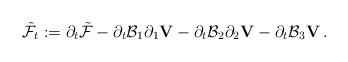
LaTeX: \begin{align*}\tilde{\mathcal F}_t:=\partial_t\tilde{\mathcal{F}}-\partial_t\mathcal B_1\partial_1{\mathbf V}-\partial_t\mathcal B_2\partial_2{\mathbf V}-\partial_t\mathcal B_3{\mathbf V}\,.\end{align*}